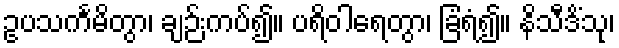
ဥပသင်္ကမိတွာ၊ ချဉ်းကပ်၍။ ပရိဝါရေတွာ၊ ခြံရံ၍။ နိသီဒိံသု၊